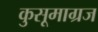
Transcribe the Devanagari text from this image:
कुसूमाग्रज